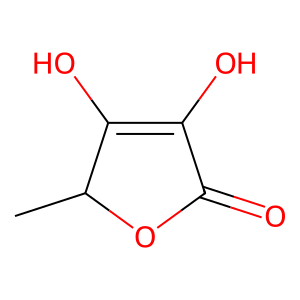
SMILES: CC1OC(=O)C(O)=C1O
Inhibits HIV replication: No